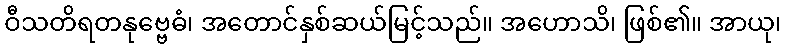
ဝီသတိရတနုဗ္ဗေဓံ၊ အတောင်နှစ်ဆယ်မြင့်သည်။ အဟောသိ၊ ဖြစ်၏။ အာယု၊